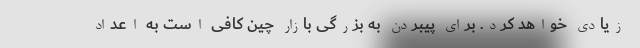
زیادی خواهد کرد. برای پیبردن به بزرگی بازار چین کافی است به اعداد